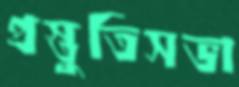
প্রস্তুতিসভা